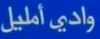
واديًّ أمليل